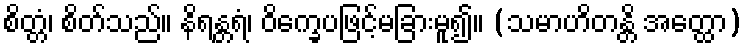
စိတ္တံ၊ စိတ်သည်။ နိရန္တရံ၊ ဝိက္ခေပဖြင့်မခြားမူ၍။ (သမာဟိတန္တိ အတ္ထော)